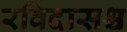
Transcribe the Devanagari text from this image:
रविदासश्च